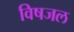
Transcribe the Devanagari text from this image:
विषजल